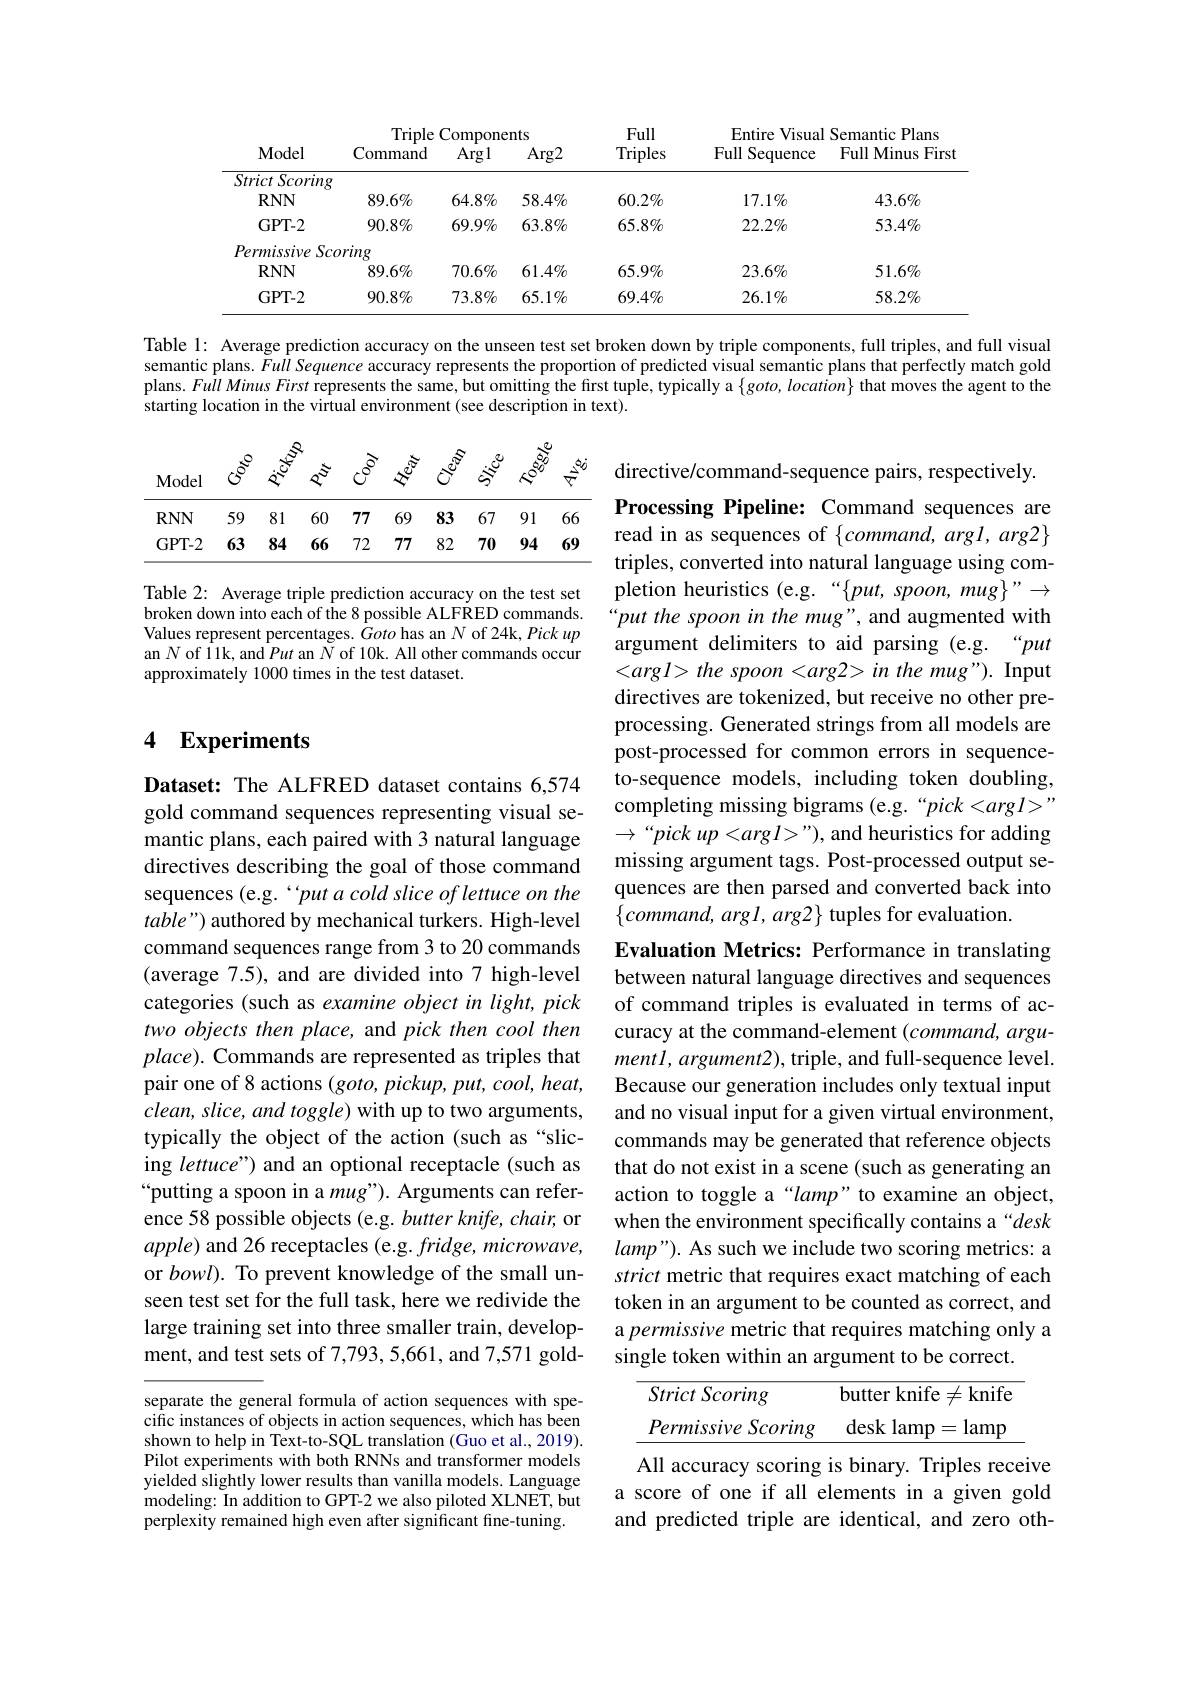
<table>
	<tbody>
		<tr>
			<th rowspan="2">$\mathbf{Model}$</th>
			<th colspan="3">Triple Components</th>
			<th rowspan="2">Full Triples</th>
			<th colspan="2">Entire Visual Semantic Plans</th>
		</tr>
		<tr>
			<th>Command</th>
			<th>Argl</th>
			<th>$\operatorname{Arg2}$</th>
			<th>FullS Sequence</th>
			<th>Full Minus First</th>
		</tr>
		<tr>
			<td>$\overline{Strict\:Scoring}$</td>
			<td> </td>
			<td> </td>
			<td> </td>
			<td> </td>
			<td> </td>
			<td> </td>
		</tr>
		<tr>
			<td>$RNN$</td>
			<td>$89.6\%$</td>
			<td>$64.8\%$</td>
			<td>$58.4\%$</td>
			<td>$60.2\%$</td>
			<td>$17.1\%$</td>
			<td>$43.6\%$</td>
		</tr>
		<tr>
			<td>$GPT-2$</td>
			<td>$90.8\%$</td>
			<td>$69.9\%$</td>
			<td>$63.8\%$</td>
			<td>$65.8\%$</td>
			<td>$22.2\%$</td>
			<td>$53.4\%$</td>
		</tr>
		<tr>
			<td>Permissive $Sc_{\boldsymbol{\iota}}$</td>
			<td>ring</td>
			<td> </td>
			<td> </td>
			<td> </td>
			<td> </td>
			<td> </td>
		</tr>
		<tr>
			<td>$RNN$</td>
			<td>$89.6\%$</td>
			<td>$70.6\%$</td>
			<td>$61.4\%$</td>
			<td>$65.9\%$</td>
			<td>$23.6\%$</td>
			<td>$51.6\%$</td>
		</tr>
		<tr>
			<td>GPT-2</td>
			<td>$90.8\%$</td>
			<td>$73.8\%$</td>
			<td>$65.1\%$</td>
			<td>$69.4\%$</td>
			<td>$26.1\%$</td>
			<td>$58.2\%$</td>
		</tr>
	</tbody>
</table>

Table 1: Average prediction accuracy on the unseen test set broken down by triple components, full triples, and full visual semantic plans. Full Sequence accuracy represents the proportion of predicted visual semantic plans that perfectly match gold plans. Fuill Minus First represents the same, but omitting the first tuple, typically a $\{ goto, \textit{location}\}$ that moves the agent to the starting location in the virtual environment (see description in text).

Table 2: Average triple prediction accuracy on the test set broken down into each of the 8 possible ALFRED commands. Values represent percentages. $\dot{G}oto$ has an $N$ of 24k, Pick up an N of 11k, and Put an $N$ of 10k. All other commands occur approximately 1000 times in the test dataset.

directive/command-sequence pairs, respectively. Processing Pipeline: Command sequences are read in as sequences of $\{command,argl,arg2\}$ triples, converted into natural language using completion heuristics (e.g.“$\{put,spoon,mug\}”\to$ “put the spoon in the mug", and augmented with argument delimiters to aid parsing (e.g. “put $<argl>the$ spoon <arg2> in the mug"). Input directives are tokenized, but receive no other preprocessing. Generated strings from all models are post-processed for common errors in sequenceto-sequence models, including token doubling, completing missing bigrams (e.g.“pick<argl>” $\to“pick$ up <arg l>”), and heuristics for adding missing argument tags. Post-processed output sequences are then parsed and converted back into $\{command,argl,arg2\}$ tuples for evaluation.
Evaluation Metrics: Performance in translating

## 4 Experiments

Dataset: The ALFRED dataset contains 6,574 gold command sequences representing visual semantic plans, each paired with 3 natural language directives describing the goal of those command sequences (e.g. “put a cold slice of lettuce on the $table")$ authored by mechanical turkers. High-level command sequences range from 3 to 20 commands (average 7.5), and are divided into 7 high-level categories (such as examine object in light, pick two objects then place, and pick then cool then $place).$ Commands are represented as triples that pair one of 8 actions $(goto,pickup,put,cool,heat$, $clean,slice,and$ toggle) with up to two arguments, typically the object of the action (such as “slicing lettuce") and an optional receptacle (such as “putting a spoon in a mug"). Arguments can reference 58 possible objects (e.g. butter knife, chair, or apple) and 26 receptacles (e.g. fridge, microwave, or $bowl).$ To prevent knowledge of the small unseen test set for the full task, here we redivide the large training set into three smaller train, development, and test sets of 7,793, 5,661, and 7,571 gold-

between natural language directives and sequences of command triples is evaluated in terms of accuracy at the command-element $(command,argu-$ mentl, argument2), triple, and full-sequence level. Because our generation includes only textual input and no visual input for a given virtual environment, commands may be generated that reference objects that do not exist in a scene (such as generating an action to toggle a “lamp”to examine an object, when the environment specifically contains a “desk $lamp”).$ As such we include two scoring metrics: a strict metric that requires exact matching of each token in an argument to be counted as correct, and a permissive metric that requires matching only a single token within an argument to be correct.

<table>
	<tbody>
		<tr>
			<td>Strict Scoring</td>
			<td>butter knife $\overline{7}$</td>
			<td>$\neq$knife</td>
		</tr>
		<tr>
			<td>$,Scoring$ Permissive</td>
			<td>desk lamp =</td>
			<td>lamp</td>
		</tr>
	</tbody>
</table>

separate the general formula of action sequences with specific instances of objects in action sequences, which has been shown to help in Text-to-SQL translation (Guo et al., 2019). Pilot experiments with both RNNs and transformer models yielded slightly lower results than vanilla models. Language modeling: In addition to GPT-2 we also piloted XLNET, but perplexity remained high even after significant fine-tuning.

All accuracy scoring is binary. Triples receive a score of one if all elements in a given gold and predicted triple are identical, and zero oth-